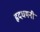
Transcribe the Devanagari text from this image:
हृदधमनी